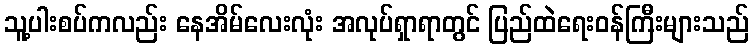
သူ့ပါးစပ်ကလည်း နေအိမ်လေးလုံး အလုပ်ရှာရာတွင် ပြည်ထဲရေးဝန်ကြီးများသည်